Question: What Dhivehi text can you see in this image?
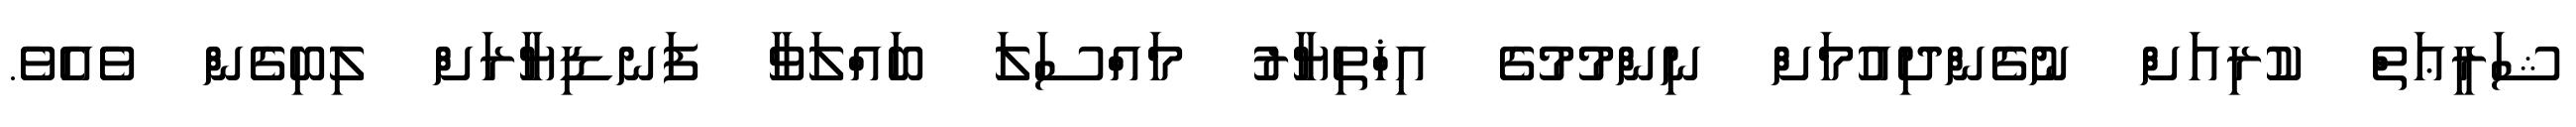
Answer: ޝަރީޢަތް ކުރިއަށް ނުގެންދިއުމަށް ނިންމުމުގެ އިޚްތިޔާރު މައްސަލަ ބައްލަވާ ފަނޑިޔާރަށް ލިބިގެން ވެއެވެ.